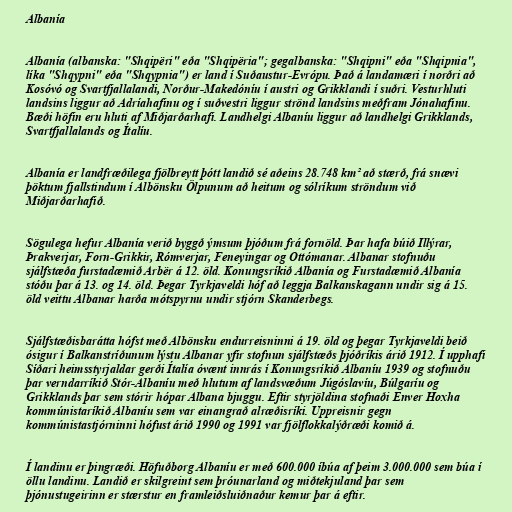
Albanía

Albanía (albanska: "Shqipëri" eða "Shqipëria"; gegalbanska: "Shqipni" eða "Shqipnia",
líka "Shqypni" eða "Shqypnia") er land í Suðaustur-Evrópu. Það á landamæri í norðri að
Kosóvó og Svartfjallalandi, Norður-Makedóníu í austri og Grikklandi í suðri. Vesturhluti
landsins liggur að Adríahafinu og í suðvestri liggur strönd landsins meðfram Jónahafinu.
Bæði höfin eru hluti af Miðjarðarhafi. Landhelgi Albaníu liggur að landhelgi Grikklands,
Svartfjallalands og Ítalíu.

Albanía er landfræðilega fjölbreytt þótt landið sé aðeins 28.748 km² að stærð, frá snævi
þöktum fjallstindum í Albönsku Ölpunum að heitum og sólríkum ströndum við
Miðjarðarhafið.

Sögulega hefur Albanía verið byggð ýmsum þjóðum frá fornöld. Þar hafa búið Illýrar,
Þrakverjar, Forn-Grikkir, Rómverjar, Feneyingar og Ottómanar. Albanar stofnuðu
sjálfstæða furstadæmið Arbër á 12. öld. Konungsríkið Albanía og Furstadæmið Albanía
stóðu þar á 13. og 14. öld. Þegar Tyrkjaveldi hóf að leggja Balkanskagann undir sig á 15.
öld veittu Albanar harða mótspyrnu undir stjórn Skanderbegs.

Sjálfstæðisbarátta hófst með Albönsku endurreisninni á 19. öld og þegar Tyrkjaveldi beið
ósigur í Balkanstríðunum lýstu Albanar yfir stofnun sjálfstæðs þjóðríkis árið 1912. Í upphafi
Síðari heimsstyrjaldar gerði Ítalía óvænt innrás í Konungsríkið Albaníu 1939 og stofnuðu
þar verndarríkið Stór-Albaníu með hlutum af landsvæðum Júgóslavíu, Búlgaríu og
Grikklands þar sem stórir hópar Albana bjuggu. Eftir styrjöldina stofnaði Enver Hoxha
kommúnistaríkið Albaníu sem var einangrað alræðisríki. Uppreisnir gegn
kommúnistastjórninni hófust árið 1990 og 1991 var fjölflokkalýðræði komið á.

Í landinu er þingræði. Höfuðborg Albaníu er með 600.000 íbúa af þeim 3.000.000 sem búa í
öllu landinu. Landið er skilgreint sem þróunarland og miðtekjuland þar sem
þjónustugeirinn er stærstur en framleiðsluiðnaður kemur þar á eftir.